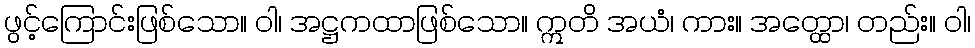
ဖွင့်ကြောင်းဖြစ်သော။ ဝါ၊ အဋ္ဌကထာဖြစ်သော။ ဣတိ အယံ၊ ကား။ အတ္ထော၊ တည်း။ ဝါ၊